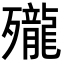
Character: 𪚗